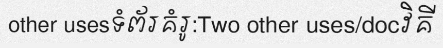
other usesទំព័រគំរូ:Two other uses/docវិគី